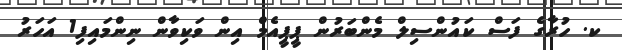
ކ. ހުރާގެ ފަސް ކައުންސިލް މެންބަރުން ޕީޕީއެމް އިން ވަކިވާން ނިންމައިފި1 އަހަރު